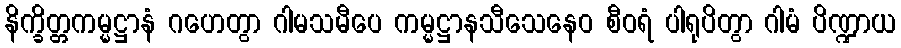
နိက္ခိတ္တကမ္မဋ္ဌာနံ ဂဟေတွာ ဂါမသမီပေ ကမ္မဋ္ဌာနသီသေနေဝ စီဝရံ ပါရုပိတွာ ဂါမံ ပိဏ္ဍာယ